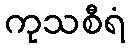
ကုသစီရံ